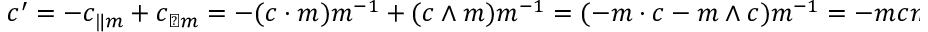
c ^ { \prime } = { - c _ { \| m } + c _ { \perp m } } = { - ( c \cdot m ) m ^ { - 1 } + ( c \wedge m ) m ^ { - 1 } } = { ( - m \cdot c - m \wedge c ) m ^ { - 1 } } = - m c m ^ { - 1 }